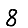
Digit: 8